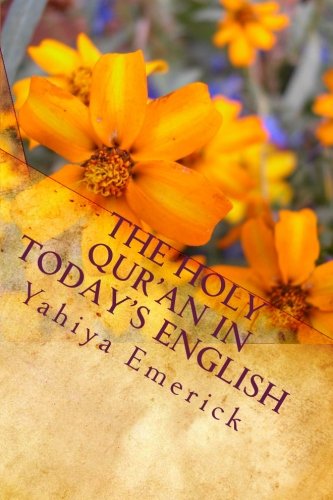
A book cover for The Holy Qur'an in Today's English; Yahiya Emerick; Religion & Spirituality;